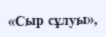
«Сыр сұлуы»,